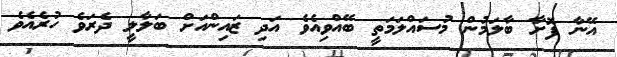
އޭނާ ފޮށާ ބާލަމުން މުސައްލަމަތީ ބޭއްވިއެވެ އަދި ޒައިންއަށް ބަލާލީ ދެރަވެ ހުރެއެވެ